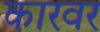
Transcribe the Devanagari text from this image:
कारवर